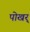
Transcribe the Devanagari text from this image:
पोखर्